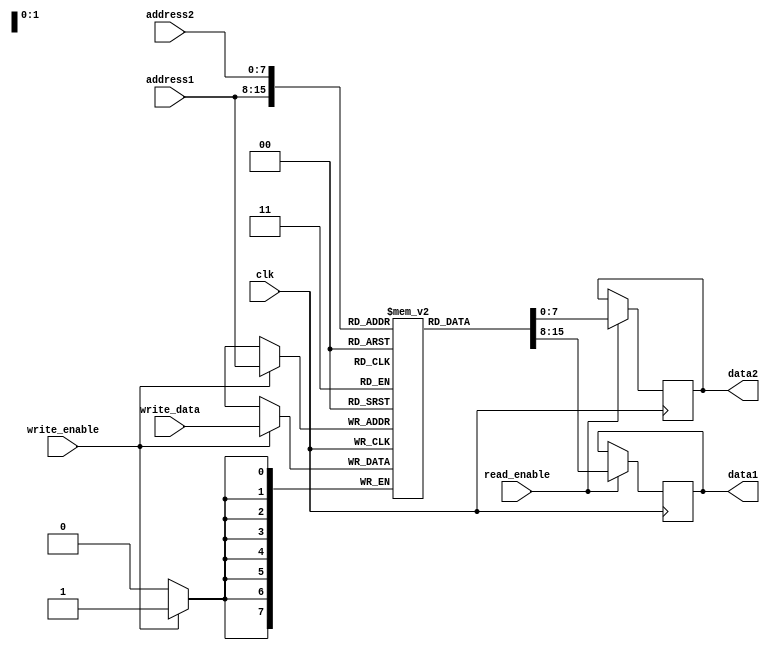
module dual_port_ram (
  input clk,
  input [7:0] write_data,
  input write_enable,
  input read_enable,
  input [7:0] address1,
  input [7:0] address2,
  output reg [7:0] data1,
  output reg [7:0] data2
);

reg [7:0] memory [0:255];

always @ (posedge clk) begin
  if (write_enable) begin
    memory[address1] <= write_data; // Writing data to memory location
  end
  if (read_enable) begin
    data1 <= memory[address1];  // Reading data from memory location
    data2 <= memory[address2];
  end
end

endmodule